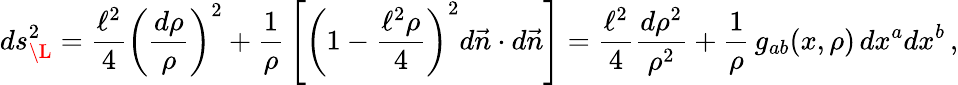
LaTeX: ds_{\L}^{2}={\frac{\ell^{2}}{4}}\left({\frac{d\rho}{\rho}}\right)^{2}+{\frac{1}{\rho}}\left[\left(1-{\frac{\ell^{2}\rho}{4}}\right)^{2}d\vec{n}\cdot d\vec{n}\right]={\frac{\ell^{2}}{4}}{\frac{d\rho^{2}}{\rho^{2}}}+{\frac{1}{\rho}}\, g_{ab}(x,\rho)\, dx^{a}dx^{b}\, ,